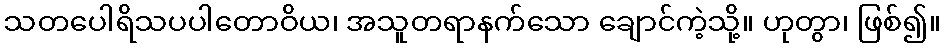
သတပေါရိသပပါတောဝိယ၊ အသူတရာနက်သော ချောင်ကဲ့သို့။ ဟုတွာ၊ ဖြစ်၍။